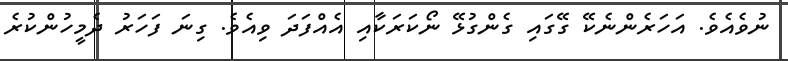
ނުވެއެވެ. އަހަރެންނެކޭ ގޭގައި ގެންގުޅޭ ނޯކަރަކާއި އެއްފަދަ ވިއެެވެ. ގިނަ ފަހަރު ދެމީހުންކުރެ